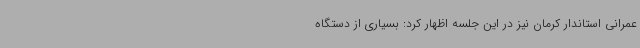
عمرانی استاندار کرمان نیز در این جلسه اظهار کرد: بسیاری از دستگاه